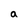
Character: a